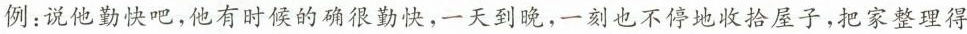
例：说他勤快吧，他有时候的确很勤快，一天到晚，一刻也不停地收拾屋子，把家整理得